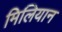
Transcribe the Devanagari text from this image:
मिलियान